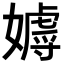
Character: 𡢙